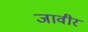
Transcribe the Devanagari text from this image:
जावीर